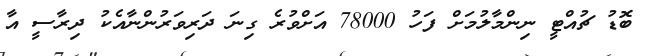
ބޮޑު ޗުއްޓީ ނިންމާލުމަށް ފަހު 78000 އަށްވުރެ ގިނަ ދަރިވަރުންނާއެކު ދިރާސީ އާ